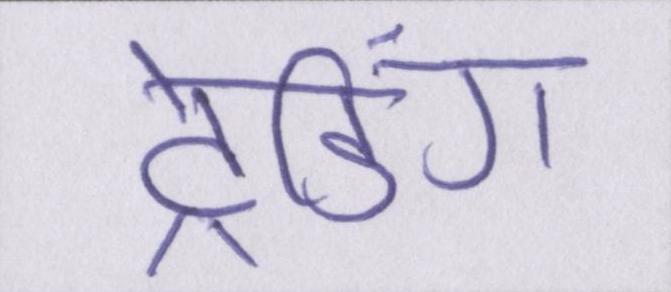
ट्रेडिंग